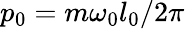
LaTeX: p_{0}=m\omega_{0}l_{0}/2\pi